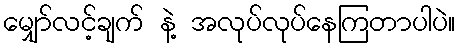
မျှော်လင့်ချက် နဲ့ အလုပ်လုပ်နေကြတာပါပဲ။